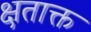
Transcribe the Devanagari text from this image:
क्षताक्त